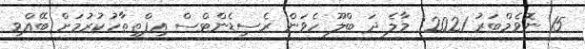
15 ނޮވެމްބަރު 2021: މާލެ ދަ ބްލޫ ހެވަން ރެސިޑެންޓްސް އިފްތިތާހުކުރުމަށް ބޭއްވި